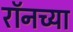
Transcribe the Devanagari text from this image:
रॉनच्या